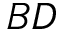
B D